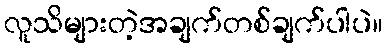
လူသိများတဲ့အချက်တစ်ချက်ပါပဲ။